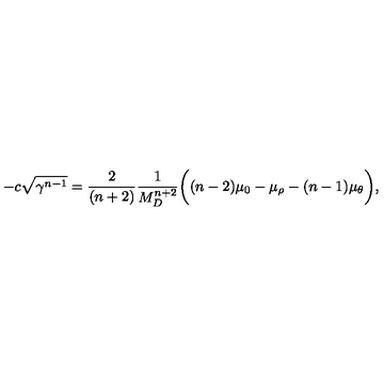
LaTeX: - c \sqrt { \gamma ^ { n - 1 } } = \frac { 2 } { ( n + 2 ) } \frac { 1 } { M _ { D } ^ { n + 2 } } \bigg ( ( n - 2 ) \mu _ { 0 } - \mu _ { \rho } - ( n - 1 ) \mu _ { \theta } \bigg ) ,